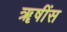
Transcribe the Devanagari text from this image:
ॠषींस